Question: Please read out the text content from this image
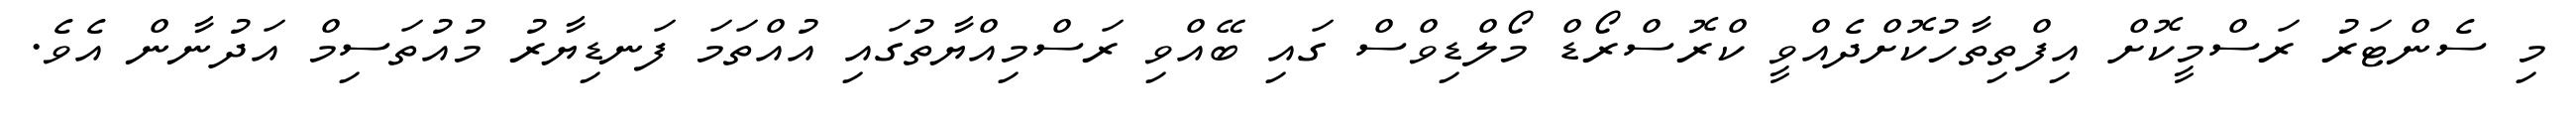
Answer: މި ސެންޓަރު ރަސްމީކޮށް އިފްތިތާހުކޮށްދެއްވީ ކްރޮސްރޯޑް މޯލްޑިވްސް ގައި ބޭއްވި ރަސްމިއްޔާތުގައި އުއްތަމަ ފަނޑިޔާރު މުއުތަސިމް އަދުނާން އެވެ.